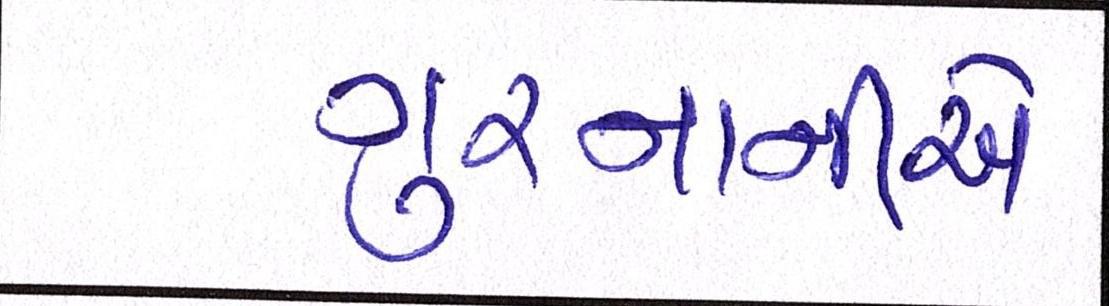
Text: ગુરનાનીએ